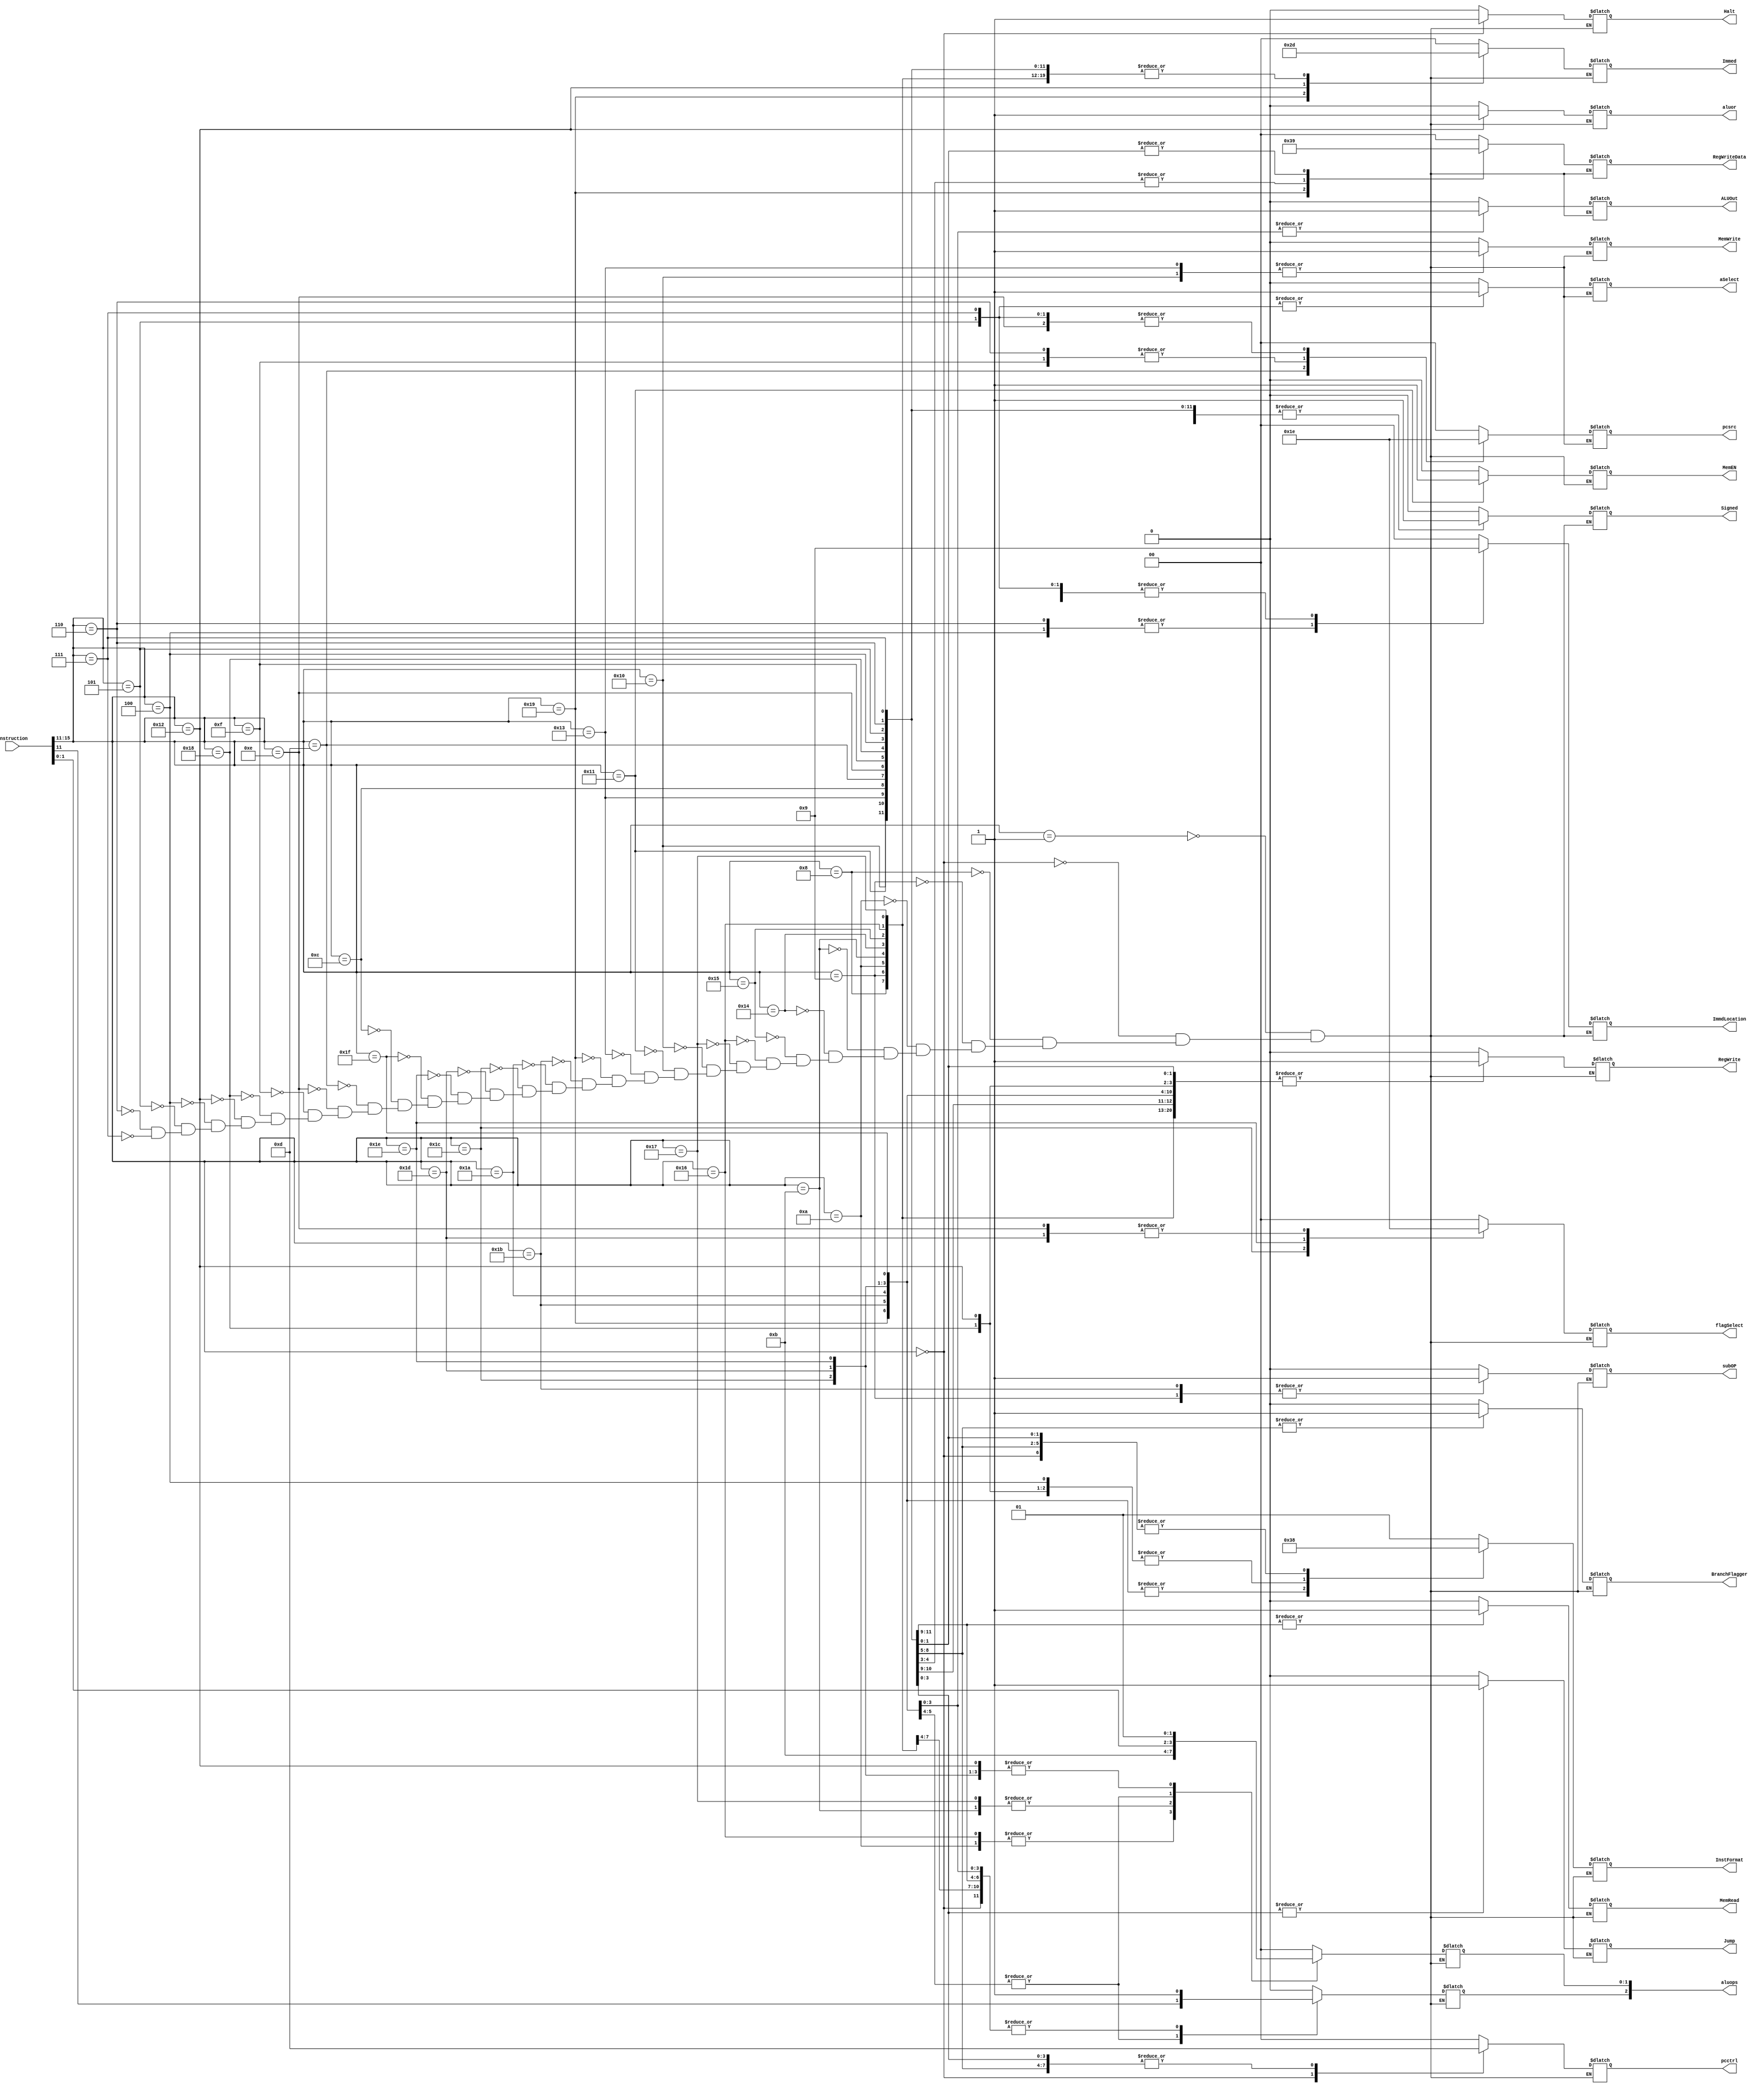
module control(instruction, RegWrite, Immed, pcctrl, Jump, InstFormat, MemEN, pcsrc, MemWrite, MemRead, aluops, Signed, flagSelect, ALUOut, RegWriteData, aluor, ImmdLocation, Halt, BranchFlagger,  aSelect, subOP);

input [15:0] instruction;
output RegWrite, Jump, MemEN, MemWrite, MemRead, Signed, ALUOut, aluor, Halt, BranchFlagger, aSelect, subOP;
output [1:0] ImmdLocation;
output [1:0] flagSelect;
output [1:0] Immed;
output [1:0] pcsrc;
output [1:0] pcctrl;
output [1:0] InstFormat;
output [2:0] aluops;
output [1:0] RegWriteData;

reg RegWriteAss, JumpAss, MemENAss, MemWriteAss, MemReadAss, SignedAss, ALUOutAss, aluorAss, HaltAss, BranchFlaggerAss, aSelectAss, subOPAss;
reg [1:0] ImmdLocationAss;
reg [1:0] RegWriteDataAss;
reg [1:0] flagSelectAss;
reg [1:0] ImmedAss;
reg [1:0] pcsrcAss;
reg [1:0] pcctrlAss;
reg [1:0] InstFormatAss;
reg [2:0] aluopsAss;

    always @ (*) begin
        case (instruction [15:11])
            5'b00001:begin //noop
                RegWriteAss = 1'b0;
                ImmedAss = 2'b00;
                JumpAss = 1'b0;
                MemENAss = 1'b0;
                MemWriteAss = 1'b0;
                MemReadAss = 1'b0;
                SignedAss = 1'b0;
                pcsrcAss = 2'b00;
                pcctrlAss = 2'b00;
                InstFormatAss = 2'b01;
                aluopsAss = 3'b000;
                ALUOutAss = 1'b0;
                flagSelectAss = 2'b00;
                RegWriteDataAss = 2'b00;
                ImmdLocationAss = 2'b00;
                aluorAss = 1'b0;
                HaltAss = 1'b0;
                BranchFlaggerAss = 1'b0;
                aSelectAss = 1'b0;
                subOPAss = 1'b0;
            end
            5'b00000:begin //halt
                RegWriteAss = 1'b0;
                ImmedAss = 2'b00;
                JumpAss = 1'b0;
                MemENAss = 1'b0;
                MemWriteAss = 1'b0;
                MemReadAss = 1'b0;
                SignedAss = 1'b0;
                pcsrcAss = 2'b00;
                pcctrlAss = 2'b11;
                InstFormatAss = 2'b00;
                aluopsAss = 3'b100;
                ALUOutAss = 1'b0;
                flagSelectAss = 2'b00;
                RegWriteDataAss = 2'b00;
                ImmdLocationAss = 2'b00;
                aluorAss = 1'b0;
                HaltAss = 1'b1;
                BranchFlaggerAss = 1'b0;
                aSelectAss = 1'b0;
                subOPAss = 1'b0;
            end
            5'b01000:begin //addi
                RegWriteAss = 1'b1;
                ImmedAss = 2'b01;
                JumpAss = 1'b0;
                MemENAss = 1'b0;
                MemWriteAss = 1'b0;
                MemReadAss = 1'b0;
                SignedAss = 1'b1;
                pcsrcAss = 2'b00;
                pcctrlAss = 2'b00;
                InstFormatAss = 2'b01;
                aluopsAss = 3'b100;
                ALUOutAss = 1'b0;
                flagSelectAss = 2'b00;
                RegWriteDataAss = 2'b00;
                ImmdLocationAss = 2'b00;
                aluorAss = 1'b0;
                HaltAss = 1'b0;
                BranchFlaggerAss = 1'b0;
                aSelectAss = 1'b0;
                subOPAss = 1'b0;
            end
            5'b01001:begin //subi
                RegWriteAss = 1'b1;
                ImmedAss = 2'b01;
                JumpAss = 1'b0;
                MemENAss = 1'b0;
                MemWriteAss = 1'b0;
                MemReadAss = 1'b0;
                SignedAss = 1'b1;
                pcsrcAss = 2'b00;
                pcctrlAss = 2'b00;
                InstFormatAss = 2'b01;
                aluopsAss = 3'b101;
                ALUOutAss = 1'b0;
                flagSelectAss = 2'b00;
                RegWriteDataAss = 2'b00;                
                ImmdLocationAss = 2'b00;
                aluorAss = 1'b0;
                HaltAss = 1'b0;
                BranchFlaggerAss = 1'b0;
                aSelectAss = 1'b0;
                subOPAss = 1'b1;
            end
            5'b01010:begin //xori
                RegWriteAss = 1'b1;
                ImmedAss = 2'b01;
                JumpAss = 1'b0;
                MemENAss = 1'b0;
                MemWriteAss = 1'b0;
                MemReadAss = 1'b0;
                SignedAss = 1'b0;
                pcsrcAss = 2'b00;
                pcctrlAss = 2'b00;
                InstFormatAss = 2'b01;
                aluopsAss = 3'b110;
                ALUOutAss = 1'b0;
                flagSelectAss = 2'b00;  
                RegWriteDataAss = 2'b00;                              
                ImmdLocationAss = 2'b00;                        
                aluorAss = 1'b0;
                HaltAss = 1'b0;
                BranchFlaggerAss = 1'b0;
                aSelectAss = 1'b0;
                subOPAss = 1'b0;
            end
            5'b01011:begin //andni
                RegWriteAss = 1'b1;
                ImmedAss = 2'b01;
                JumpAss = 1'b0;
                MemENAss = 1'b0;
                MemWriteAss = 1'b0;
                MemReadAss = 1'b0;
                SignedAss = 1'b0;
                pcsrcAss = 2'b00;
                pcctrlAss = 2'b00;
                InstFormatAss = 2'b01;
                aluopsAss = 3'b111;
                ALUOutAss = 1'b0;
                flagSelectAss = 2'b00;  
                RegWriteDataAss = 2'b00;                              
                ImmdLocationAss = 2'b00;                        
                aluorAss = 1'b0;
                HaltAss = 1'b0;
                BranchFlaggerAss = 1'b0;
                aSelectAss = 1'b0;
                subOPAss = 1'b0;
            end
            5'b10100:begin //roli
                RegWriteAss = 1'b1;
                ImmedAss = 2'b01;
                JumpAss = 1'b0;
                MemENAss = 1'b0;
                MemWriteAss = 1'b0;
                MemReadAss = 1'b0;
                SignedAss = 1'b0;
                pcsrcAss = 2'b00;
                pcctrlAss = 2'b00;
                InstFormatAss = 2'b01;
                aluopsAss = 3'b000;
                ALUOutAss = 1'b0;
                flagSelectAss = 2'b00;  
                RegWriteDataAss = 2'b00;                              
                ImmdLocationAss = 2'b00;                        
                aluorAss = 1'b0;
                HaltAss = 1'b0;
                BranchFlaggerAss = 1'b0;
                aSelectAss = 1'b0;
                subOPAss = 1'b0;
            end
            5'b10101:begin //slli
                RegWriteAss = 1'b1;
                ImmedAss = 2'b01;
                JumpAss = 1'b0;
                MemENAss = 1'b0;
                MemWriteAss = 1'b0;
                MemReadAss = 1'b0;
                SignedAss = 1'b0;
                pcsrcAss = 2'b00;
                pcctrlAss = 2'b00;
                InstFormatAss = 2'b01;
                aluopsAss = 3'b001;
                ALUOutAss = 1'b0;
                flagSelectAss = 2'b00;  
                RegWriteDataAss = 2'b00;                              
                ImmdLocationAss = 2'b00;                        
                aluorAss = 1'b0;
                HaltAss = 1'b0;
                BranchFlaggerAss = 1'b0;
                aSelectAss = 1'b0;
                subOPAss = 1'b0;
            end
            5'b10110:begin //rori
                RegWriteAss = 1'b1;
                ImmedAss = 2'b01;
                JumpAss = 1'b0;
                MemENAss = 1'b0;
                MemWriteAss = 1'b0;
                MemReadAss = 1'b0;
                SignedAss = 1'b0;
                pcsrcAss = 2'b00;
                pcctrlAss = 2'b00;
                InstFormatAss = 2'b01;
                aluopsAss = 3'b010;
                ALUOutAss = 1'b0;
                flagSelectAss = 2'b00;  
                RegWriteDataAss = 2'b00;                              
                ImmdLocationAss = 2'b00;                        
                aluorAss = 1'b0;
                HaltAss = 1'b0;
                BranchFlaggerAss = 1'b0;
                aSelectAss = 1'b0;
                subOPAss = 1'b0;
            end
            5'b10111:begin //srli
                RegWriteAss = 1'b1;
                ImmedAss = 2'b01;
                JumpAss = 1'b0;
                MemENAss = 1'b0;
                MemWriteAss = 1'b0;
                MemReadAss = 1'b0;
                SignedAss = 1'b0;
                pcsrcAss = 2'b00;
                pcctrlAss = 2'b00;
                InstFormatAss = 2'b01;
                aluopsAss = 3'b011;
                ALUOutAss = 1'b0;
                flagSelectAss = 2'b00;  
                RegWriteDataAss = 2'b00;                              
                ImmdLocationAss = 2'b00;                        
                aluorAss = 1'b0;
                HaltAss = 1'b0;
                BranchFlaggerAss = 1'b0;
                aSelectAss = 1'b0;
                subOPAss = 1'b0;
            end
            5'b10000:begin //st
                RegWriteAss = 1'b0;
                ImmedAss = 2'b01;
                JumpAss = 1'b0;
                MemENAss = 1'b0;
                MemWriteAss = 1'b1;
                MemReadAss = 1'b1;
                SignedAss = 1'b1;
                pcsrcAss = 2'b00;
                pcctrlAss = 2'b00;
                InstFormatAss = 2'b01;
                aluopsAss = 3'b100;
                ALUOutAss = 1'b0;
                flagSelectAss = 2'b00;  
                RegWriteDataAss = 2'b00;                              
                ImmdLocationAss = 2'b00;                        
                aluorAss = 1'b0;
                HaltAss = 1'b0;
                BranchFlaggerAss = 1'b0;
                aSelectAss = 1'b0;
                subOPAss = 1'b0;
            end
            5'b10001:begin //ld
                RegWriteAss = 1'b1;
                ImmedAss = 2'b01;
                JumpAss = 1'b0;
                MemENAss = 1'b1;
                MemWriteAss = 1'b0;
                MemReadAss = 1'b1;
                SignedAss = 1'b1;
                pcsrcAss = 2'b00;
                pcctrlAss = 2'b00;
                InstFormatAss = 2'b01;
                aluopsAss = 3'b100;
                ALUOutAss = 1'b0;
                flagSelectAss = 2'b00;  
                RegWriteDataAss = 2'b00;                              
                ImmdLocationAss = 2'b00;                        
                aluorAss = 1'b0;
                HaltAss = 1'b0;
                BranchFlaggerAss = 1'b0;
                aSelectAss = 1'b0;
                subOPAss = 1'b0;
            end
            5'b10011:begin //stu
                RegWriteAss = 1'b1;
                ImmedAss = 2'b01;
                JumpAss = 1'b0;
                MemENAss = 1'b0;
                MemWriteAss = 1'b1;
                MemReadAss = 1'b1;
                SignedAss = 1'b1;
                pcsrcAss = 2'b00;
                pcctrlAss = 2'b00;
                InstFormatAss = 2'b10;
                aluopsAss = 3'b100;
                ALUOutAss = 1'b0;
                flagSelectAss = 2'b00;  
                RegWriteDataAss = 2'b00;                              
                ImmdLocationAss = 2'b00;                        
                aluorAss = 1'b0;
                HaltAss = 1'b0;
                BranchFlaggerAss = 1'b0;
                aSelectAss = 1'b0;
                subOPAss = 1'b0;
            end
            5'b11001:begin //btr
                RegWriteAss = 1'b1;
                ImmedAss = 2'b10;
                JumpAss = 1'b0;
                MemENAss = 1'b0;
                MemWriteAss = 1'b0;
                MemReadAss = 1'b0;
                SignedAss = 1'b0;
                pcsrcAss = 2'b00;
                pcctrlAss = 2'b00;
                InstFormatAss = 2'b11;
                aluopsAss = 3'b000;               
                ALUOutAss = 1'b0;
                flagSelectAss = 2'b00;  
                RegWriteDataAss = 2'b11;                           
                ImmdLocationAss = 2'b00;        
                aluorAss = 1'b0;
                HaltAss = 1'b0;
                BranchFlaggerAss = 1'b0;
                aSelectAss = 1'b0;
                subOPAss = 1'b0;
            end
            5'b11011:begin //add, sub, xor, andn
                RegWriteAss = 1'b1;
                ImmedAss = 2'b00;
                JumpAss = 1'b0;
                MemENAss = 1'b0;
                MemWriteAss = 1'b0;
                MemReadAss = 1'b0;
                SignedAss = 1'b0;
                pcsrcAss = 2'b00;
                pcctrlAss = 2'b00;
                InstFormatAss = 2'b11;
                aluopsAss[1:0] = instruction[1:0];
                aluopsAss[2] = instruction[11];            
                ALUOutAss = 1'b0;
                flagSelectAss = 2'b00;  
                RegWriteDataAss = 2'b00;                              
                ImmdLocationAss = 2'b00;                
                aluorAss = 1'b0;
                HaltAss = 1'b0;
                BranchFlaggerAss = 1'b0;
                aSelectAss = 1'b0;
                subOPAss = 1'b1;
            end
            5'b11010:begin //rol, sll, ror, srl
                RegWriteAss = 1'b1;
                ImmedAss = 2'b00;
                JumpAss = 1'b0;
                MemENAss = 1'b0;
                MemWriteAss = 1'b0;
                MemReadAss = 1'b0;
                SignedAss = 1'b0;
                pcsrcAss = 2'b00;
                pcctrlAss = 2'b00;
                InstFormatAss = 2'b11;
                aluopsAss[1:0] = instruction[1:0];
                aluopsAss[2] = instruction[11];              
                ALUOutAss = 1'b0;
                flagSelectAss = 2'b00;  
                RegWriteDataAss = 2'b00;                              
                ImmdLocationAss = 2'b00;                        
                aluorAss = 1'b0;
                HaltAss = 1'b0;
                BranchFlaggerAss = 1'b0;
                aSelectAss = 1'b0;
                subOPAss = 1'b0;
            end
            5'b11100:begin //seq
                RegWriteAss = 1'b1;
                ImmedAss = 2'b00;
                JumpAss = 1'b0;
                MemENAss = 1'b0;
                MemWriteAss = 1'b0;
                MemReadAss = 1'b0;
                SignedAss = 1'b0;
                pcsrcAss = 2'b00;
                pcctrlAss = 2'b00;
                InstFormatAss = 2'b11;
                aluopsAss = 3'b101;              
                ALUOutAss = 1'b1;
                flagSelectAss = 2'b01;  
                RegWriteDataAss = 2'b00;                              
                ImmdLocationAss = 2'b00;                        
                aluorAss = 1'b0;
                HaltAss = 1'b0;
                BranchFlaggerAss = 1'b0;
                aSelectAss = 1'b0;
                subOPAss = 1'b0;
            end
            5'b11101:begin //slt
                RegWriteAss = 1'b1;
                ImmedAss = 2'b00;
                JumpAss = 1'b0;
                MemENAss = 1'b0;
                MemWriteAss = 1'b0;
                MemReadAss = 1'b0;
                SignedAss = 1'b0;
                pcsrcAss = 2'b00;
                pcctrlAss = 2'b00;
                InstFormatAss = 2'b11;
                aluopsAss = 3'b101;              
                ALUOutAss = 1'b1;
                flagSelectAss = 2'b10;  
                RegWriteDataAss = 2'b00;                             
                ImmdLocationAss = 2'b00;                        
                aluorAss = 1'b0;
                HaltAss = 1'b0;
                BranchFlaggerAss = 1'b0;
                aSelectAss = 1'b0;
                subOPAss = 1'b0;
            end                        
            5'b11110:begin //sle
                RegWriteAss = 1'b1;
                ImmedAss = 2'b00;
                JumpAss = 1'b0;
                MemENAss = 1'b0;
                MemWriteAss = 1'b0;
                MemReadAss = 1'b0;
                SignedAss = 1'b0;
                pcsrcAss = 2'b00;
                pcctrlAss = 2'b00;
                InstFormatAss = 2'b11;
                aluopsAss = 3'b101;                          
                ALUOutAss = 1'b1;
                flagSelectAss = 2'b11;  
                RegWriteDataAss = 2'b00;                              
                ImmdLocationAss = 2'b00;                        
                aluorAss = 1'b0;
                HaltAss = 1'b0;
                BranchFlaggerAss = 1'b0;
                aSelectAss = 1'b0;
                subOPAss = 1'b0;
            end       
            5'b11111:begin //sco
                RegWriteAss = 1'b1;
                ImmedAss = 2'b00;
                JumpAss = 1'b0;
                MemENAss = 1'b0;
                MemWriteAss = 1'b0;
                MemReadAss = 1'b0;
                SignedAss = 1'b0;
                pcsrcAss = 2'b00;
                pcctrlAss = 2'b00;
                InstFormatAss = 2'b11;
                aluopsAss = 3'b100;                            
                ALUOutAss = 1'b1;
                flagSelectAss = 2'b00;  
                RegWriteDataAss = 2'b00;                             
                ImmdLocationAss = 2'b00;                        
                aluorAss = 1'b0;
                HaltAss = 1'b0;
                BranchFlaggerAss = 1'b0;
                aSelectAss = 1'b0;
                subOPAss = 1'b0;
            end
            5'b01100:begin //beqz
                RegWriteAss = 1'b0;
                ImmedAss = 2'b01;
                JumpAss = 1'b0;
                MemENAss = 1'b0;
                MemWriteAss = 1'b0;
                MemReadAss = 1'b0;
                SignedAss = 1'b1;
                pcsrcAss = 2'b00;
                pcctrlAss = 2'b01;
                InstFormatAss = 2'b00;
                aluopsAss = 3'b000;                            
                ALUOutAss = 1'b0;
                flagSelectAss = 2'b00;  
                RegWriteDataAss = 2'b00;                             
                ImmdLocationAss = 2'b01;        
                aluorAss = 1'b0;
                HaltAss = 1'b0;
                BranchFlaggerAss = 1'b1;
                aSelectAss = 1'b0;
                subOPAss = 1'b0;
            end            
            5'b01101:begin //bnez
                RegWriteAss = 1'b0;
                ImmedAss = 2'b01;
                JumpAss = 1'b0;
                MemENAss = 1'b0;
                MemWriteAss = 1'b0;
                MemReadAss = 1'b0;
                SignedAss = 1'b1;
                pcsrcAss = 2'b01;
                pcctrlAss = 2'b01;
                InstFormatAss = 2'b00;
                aluopsAss = 3'b000;                            
                ALUOutAss = 1'b0;
                flagSelectAss = 2'b00;  
                RegWriteDataAss = 2'b00;                             
                ImmdLocationAss = 2'b01;                         
                aluorAss = 1'b0;
                HaltAss = 1'b0;
                BranchFlaggerAss = 1'b1;
                aSelectAss = 1'b0;
                subOPAss = 1'b0;
            end                  
            5'b01110:begin //bltz
                RegWriteAss = 1'b0;
                ImmedAss = 2'b01;
                JumpAss = 1'b0;
                MemENAss = 1'b0;
                MemWriteAss = 1'b0;
                MemReadAss = 1'b0;
                SignedAss = 1'b1;
                pcsrcAss = 2'b10;
                pcctrlAss = 2'b01;
                InstFormatAss = 2'b00;
                aluopsAss = 3'b000;                            
                ALUOutAss = 1'b0;
                flagSelectAss = 2'b10;               
                RegWriteDataAss = 2'b00;                
                ImmdLocationAss = 2'b01;                                         
                aluorAss = 1'b0;
                HaltAss = 1'b0;
                BranchFlaggerAss = 1'b1;
                aSelectAss = 1'b0;
                subOPAss = 1'b0;
            end
            5'b01111:begin //bgez
                RegWriteAss = 1'b0;
                ImmedAss = 2'b01;
                JumpAss = 1'b0;
                MemENAss = 1'b0;
                MemWriteAss = 1'b0;
                MemReadAss = 1'b0;
                SignedAss = 1'b1;
                pcsrcAss = 2'b11;
                pcctrlAss = 2'b01;
                InstFormatAss = 2'b00;
                aluopsAss = 3'b000;                            
                ALUOutAss = 1'b0;
                flagSelectAss = 2'b00;
                RegWriteDataAss = 2'b00;
                ImmdLocationAss = 2'b01;                                         
                aluorAss = 1'b0;
                HaltAss = 1'b0;
                BranchFlaggerAss = 1'b1;
                aSelectAss = 1'b0;
                subOPAss = 1'b0;
            end
            5'b11000:begin //lbi
                RegWriteAss = 1'b1;
                ImmedAss = 2'b01;
                JumpAss = 1'b0;
                MemENAss = 1'b0;
                MemWriteAss = 1'b0;
                MemReadAss = 1'b0;
                SignedAss = 1'b1;
                pcsrcAss = 2'b00;
                pcctrlAss = 2'b00;
                InstFormatAss = 2'b10;
                aluopsAss = 3'b000;                            
                ALUOutAss = 1'b0;
                flagSelectAss = 2'b00;
                RegWriteDataAss = 2'b10;
                ImmdLocationAss = 2'b01;        
                aluorAss = 1'b0;
                HaltAss = 1'b0;
                BranchFlaggerAss = 1'b0;
                aSelectAss = 1'b0;
                subOPAss = 1'b0;
            end
            5'b10010:begin //slbi
                RegWriteAss = 1'b1;
                ImmedAss = 2'b11;
                JumpAss = 1'b0;
                MemENAss = 1'b0;
                MemWriteAss = 1'b0;
                MemReadAss = 1'b0;
                SignedAss = 1'b0;
                pcsrcAss = 2'b00;
                pcctrlAss = 2'b00;
                InstFormatAss = 2'b10;
                aluopsAss = 3'b001;                            
                ALUOutAss = 1'b0;
                flagSelectAss = 2'b00;
                RegWriteDataAss = 2'b00;
                ImmdLocationAss = 2'b01;
                aluorAss = 1'b1;
                HaltAss = 1'b0;
                BranchFlaggerAss = 1'b0;
                aSelectAss = 1'b0;
                subOPAss = 1'b0;
            end
            5'b00100:begin //j
                RegWriteAss = 1'b0;
                ImmedAss = 2'b01;
                JumpAss = 1'b1;
                MemENAss = 1'b0;
                MemWriteAss = 1'b0;
                MemReadAss = 1'b0;
                SignedAss = 1'b1;
                pcsrcAss = 2'b00;
                pcctrlAss = 2'b01;
                InstFormatAss = 2'b10;
                aluopsAss = 3'b000;                            
                ALUOutAss = 1'b0;
                flagSelectAss = 2'b00;
                RegWriteDataAss = 2'b10;
                ImmdLocationAss = 2'b10;         
                aluorAss = 1'b0;
                HaltAss = 1'b0;
                BranchFlaggerAss = 1'b0;
                aSelectAss = 1'b0;
                subOPAss = 1'b0;
            end                        
            5'b00101:begin //jr
                RegWriteAss = 1'b0;
                ImmedAss = 2'b01;
                JumpAss = 1'b1;
                MemENAss = 1'b0;
                MemWriteAss = 1'b0;
                MemReadAss = 1'b0;
                SignedAss = 1'b1;
                pcsrcAss = 2'b10;
                pcctrlAss = 2'b01;
                InstFormatAss = 2'b01;
                aluopsAss = 3'b000;                            
                ALUOutAss = 1'b0;
                flagSelectAss = 2'b00;
                RegWriteDataAss = 2'b00;
                ImmdLocationAss = 2'b01;         
                aluorAss = 1'b0;
                HaltAss = 1'b0;
                BranchFlaggerAss = 1'b0;
                aSelectAss = 1'b1;
                subOPAss = 1'b0;
            end
            5'b00110:begin //jal
                RegWriteAss = 1'b1;
                ImmedAss = 2'b01;
                JumpAss = 1'b1;
                MemENAss = 1'b0;
                MemWriteAss = 1'b0;
                MemReadAss = 1'b0;
                SignedAss = 1'b1;
                pcsrcAss = 2'b11;
                pcctrlAss = 2'b01;
                InstFormatAss = 2'b00;
                aluopsAss = 3'b000;                            
                ALUOutAss = 1'b0;
                flagSelectAss = 2'b00;
                RegWriteDataAss = 2'b01;
                ImmdLocationAss = 2'b10;         
                aluorAss = 1'b0;
                HaltAss = 1'b0;
                BranchFlaggerAss = 1'b0;
                aSelectAss = 1'b0;
                subOPAss = 1'b0;
            end            
            5'b00111:begin //jalr
                RegWriteAss = 1'b1;
                ImmedAss = 2'b01;
                JumpAss = 1'b1;
                MemENAss = 1'b0;
                MemWriteAss = 1'b0;
                MemReadAss = 1'b0;
                SignedAss = 1'b1;
                pcsrcAss = 2'b10;
                pcctrlAss = 2'b01;
                InstFormatAss = 2'b00;
                aluopsAss = 3'b000;                            
                ALUOutAss = 1'b0;
                flagSelectAss = 2'b00;
                RegWriteDataAss = 2'b01;
                ImmdLocationAss = 2'b01;         
                aluorAss = 1'b0;
                HaltAss = 1'b0;
                BranchFlaggerAss = 1'b0;
                aSelectAss = 1'b1;
                subOPAss = 1'b0;
            end
        endcase
    end

    assign RegWrite = RegWriteAss;
    assign Jump = JumpAss;
    assign MemEN = MemENAss;
    assign MemWrite = MemWriteAss;
    assign MemRead = MemReadAss;
    assign Signed = SignedAss;
    assign ALUOut = ALUOutAss; 
    assign aluor = aluorAss;
    assign Halt = HaltAss; 
    assign ImmdLocation = ImmdLocationAss;
    assign flagSelect = flagSelectAss;
    assign Immed = ImmedAss;
    assign pcsrc = pcsrcAss;
    assign pcctrl = pcctrlAss;
    assign InstFormat = InstFormatAss;
    assign aluops = aluopsAss;
    assign RegWriteData = RegWriteDataAss;
    assign BranchFlagger = BranchFlaggerAss;
    assign aSelect = aSelectAss;
    assign subOP = subOPAss;

endmodule